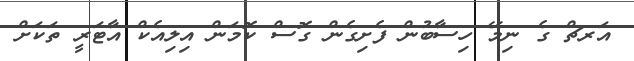
އަރޗް ގެ ނިމޭ ހިސާބުން ފެށިގެން ގޮސް ކޮމަން އިލިއެކް އާޓަރީ ތަކަށް